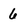
Character: 6